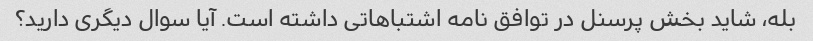
بله، شاید بخش پرسنل در توافق نامه اشتباهاتی داشته است. آیا سوال دیگری دارید؟